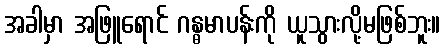
အခါမှာ အဖြူရောင် ဂန္ဓမာပန်းကို ယူသွားလို့မဖြစ်ဘူး။